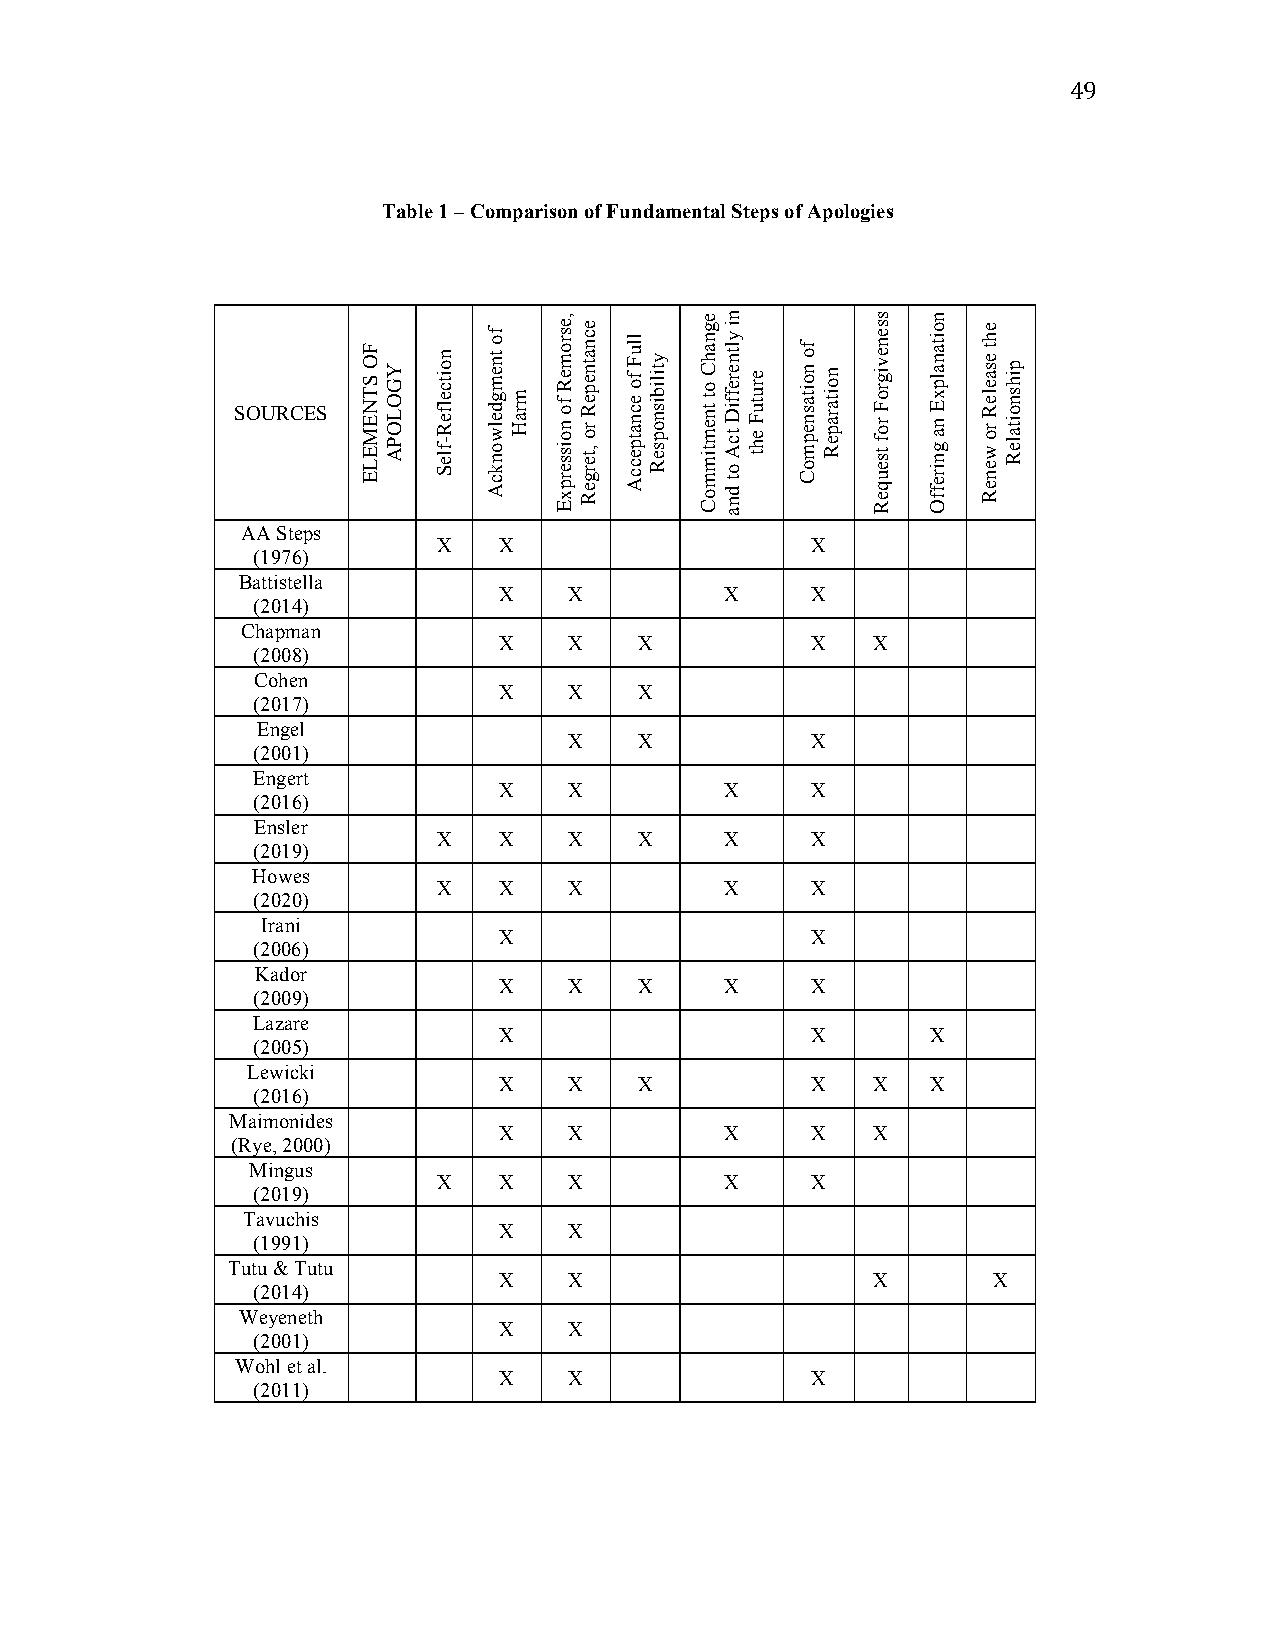
49
 Table 1 – Comparison of Fundamental Steps of Apologies
 SOURCES
 AA Steps
 X   X                    X
 (1976)
 Battistella
 X    X         X     X
 (2014)
 Chapman
 X    X   X           X   X
 (2008)
 Cohen
 X    X   X
 (2017)
 Engel
 X   X           X
 (2001)
 Engert
 X    X         X     X
 (2016)
 Ensler
 X   X    X   X     X     X
 (2019)
 Howes
 X   X    X         X     X
 (2020)
 Irani
 X                    X
 (2006)
 Kador
 X    X   X     X     X
 (2009)
 Lazare
 X                    X       X
 (2005)
 Lewicki
 X    X   X           X   X   X
 (2016)
 Maimonides
 X    X         X     X   X
 (Rye, 2000)
 Mingus
 X   X    X         X     X
 (2019)
 Tavuchis
 X    X
 (1991)
 Tutu & Tutu
 X    X                   X       X
 (2014)
 Weyeneth
 X    X
 (2001)
 Wohl et al.
 X    X               X
 (2011)
 FO
 STNEMELE YGOLOPA
 noitcelfeR-fleS
 fo
 tnemgdelwonkcA
 mraH
 ,esromeR
 fo
 noisserpxE
 ecnatnepeR
 ro
 ,tergeR
 lluF
 fo
 ecnatpeccA
 ytilibisnopseR
 egnahC
 ot
 tnemtimmoC
 ni
 yltnereffiD
 tcA
 ot
 dna
 erutuF
 eht
 fo
 noitasnepmoC noitarapeR
 ssenevigroF
 rof
 tseuqeR
 noitanalpxE
 na
 gnireffO
 eht
 esaeleR
 ro
 weneR
 pihsnoitaleR